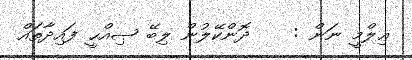
ޢިލްމީ ނަން :    ދޮންކޭލުން ލިބޭ ޞިއްޙީ ފައިދާތައް